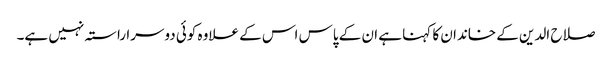
صلاح الدین کے خاندان کا کہنا ہے ان کے پاس اس کے علاوہ کوئی دوسرا راستہ نہیں ہے۔